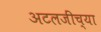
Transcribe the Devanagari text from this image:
अटलजींच्या